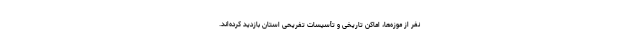
نفر از موزه‌ها، اماکن تاریخی و تأسیسات تفریحی استان بازدید کرده‌اند.